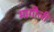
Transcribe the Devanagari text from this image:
मागीली